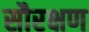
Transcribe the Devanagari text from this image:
सौरक्षण